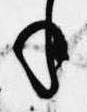
年